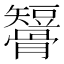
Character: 𥐒